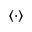
\langle \cdot \rangle